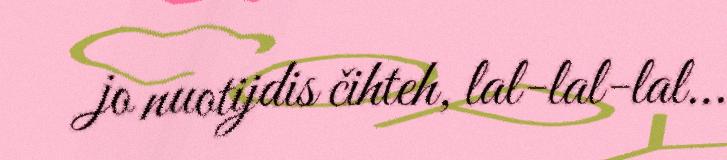
jo nuotijdis čihteh, lal-lal-lal…